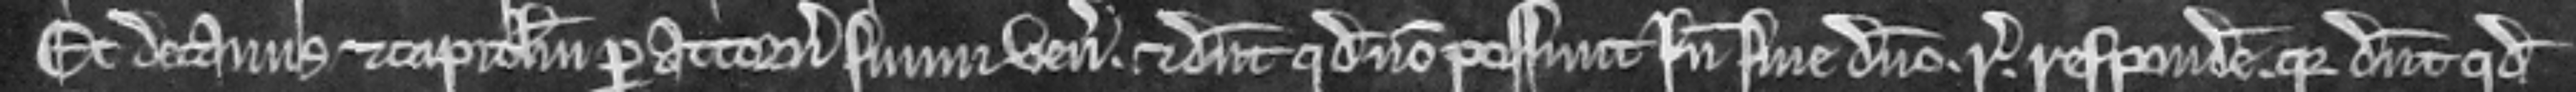
Et decanus et capitulum per attornatum suum veniunt. et dicunt quod non possunt inde sine domino rege respondere quia dicunt quod